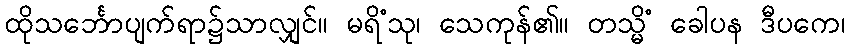
ထိုသင်္ဘောပျက်ရာ၌သာလျှင်။ မရိံသု၊ သေကုန်၏။ တသ္မိံ ခေါပန ဒီပကေ၊